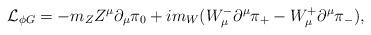
LaTeX: \begin{align*}{\cal L}_{\phi G}=-m_ZZ^{\mu}\partial_{\mu}\pi_0+im_W(W^-_{\mu}\partial^{\mu}\pi_+-W^+_{\mu}\partial^{\mu}\pi_-),\end{align*}